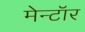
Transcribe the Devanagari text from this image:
मेन्टॉर